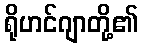
ရိုဟင်ဂျာတို့၏